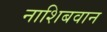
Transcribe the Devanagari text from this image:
नाशिबवान